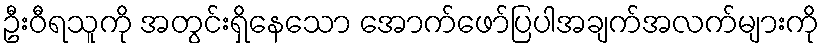
ဦးဝီရသူကို အတွင်းရှိနေသော အောက်ဖော်ပြပါအချက်အလက်များကို